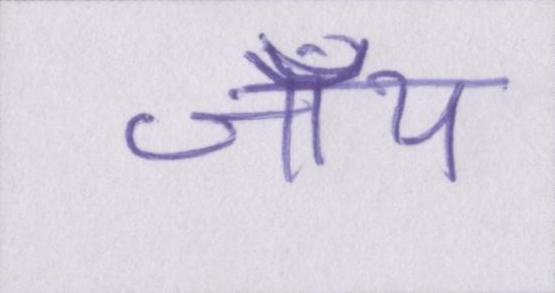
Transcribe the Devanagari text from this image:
जॉय